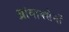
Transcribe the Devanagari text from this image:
थ्रांबाक्सेनों